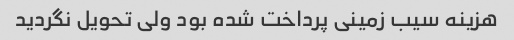
هزینه سیب زمینی پرداخت شده بود ولی تحویل نگردید